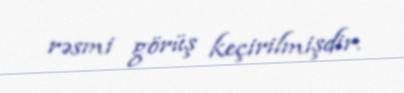
rəsmi görüş keçirilmişdir.